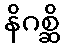
နိဂစ္ဆိ